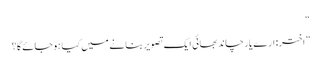
“
”اختر: ارے یار چاند بھائی ایک تصویر بنانے میں کیا ہوجائے گا؟